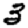
Digit: 3